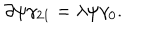
LaTeX: \partial \psi \gamma _ { 2 1 } = \lambda \psi \gamma _ { 0 } .